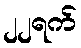
၂၂ရက်